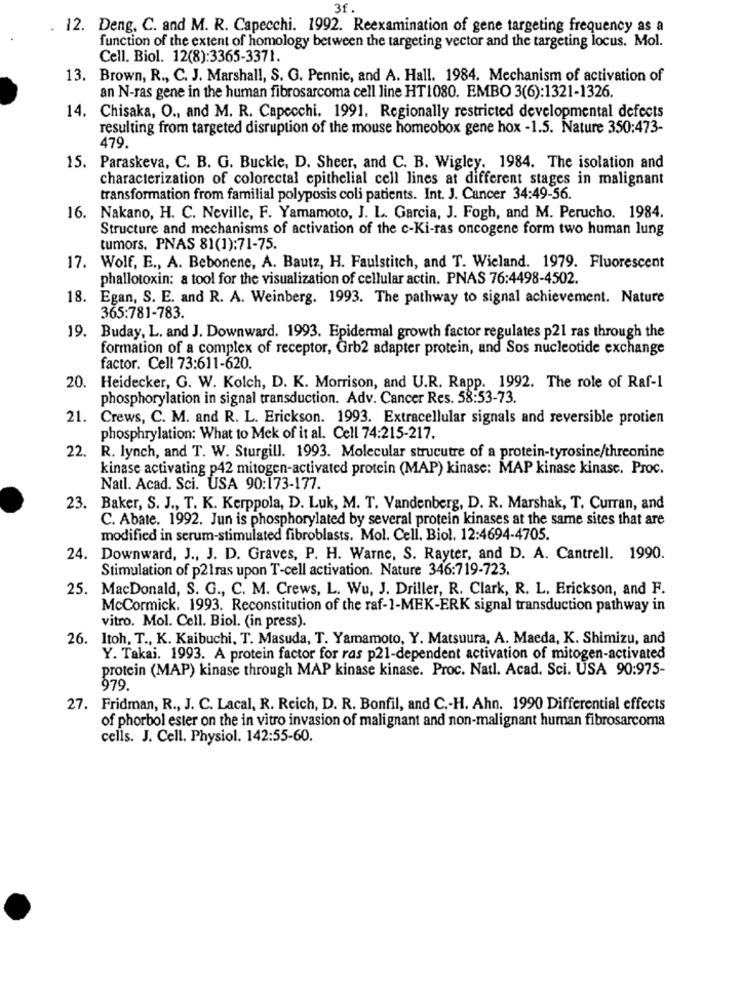
. 12. Deng. C. and M. R. Capecchi. 1992. Reexamination of gene targeting frequency as a
function of the extent of homology between the targeting vector and the targeting locus. Mol.
Cell. Biol. 12(8):3365-3371.
13. Brown, R ., C. J. Marshall, S. G. Pennic, and A. Hall. 1984. Mechanism of activation of
an N-ras gene in the human fibrosarcoma cell line HT1080. EMBO 3(6):1321-1326.
14. Chisaka, O ., and M. R. Capecchi, 1991. Regionally restricted developmental defects
resulting from targeted disruption of the mouse homeobox gene hox -1.5. Nature 350:473-
479.
15. Paraskeva, C. B. G. Buckle, D. Sheer, and C. B. Wigley. 1984. The isolation and
characterization of colorectal epithelial cell lines at different stages in malignant
transformation from familial polyposis coli patients. Int. J. Cancer 34:49-56.
16. Nakano, H. C. Neville, F. Yamamoto, J. L. Garcia, J. Fogh, and M. Perucho. 1984.
Structure and mechanisms of activation of the c-Ki-ras oncogene form two human lung
tumors. PNAS 81(1):71-75.
17. Wolf, E ., A. Bebonene, A. Bautz, H. Faulstitch, and T. Wieland. 1979. Fluorescent
phallotoxin: a tool for the visualization of cellular actin. PNAS 76:4498-4502.
18. Egan, S. E. and R. A. Weinberg. 1993. The pathway to signal achievement. Nature
365:781-783.
19. Buday, L. and J. Downward. 1993. Epidermal growth factor regulates p21 ras through the
formation of a complex of receptor, Grb2 adapter protein, and Sos nucleotide exchange
factor. Cell 73:611-620.
20. Heidecker, G. W. Kolch, D. K. Morrison, and U.R. Rapp. 1992. The role of Raf-1
phosphorylation in signal transduction. Adv. Cancer Res. 58:53-73.
21. Crews, C. M. and R. L. Erickson. 1993. Extracellular signals and reversible protien
phosphrylation: What to Mek of it al. Cell 74:215-217.
22.
R. lynch, and T. W. Sturgill. 1993. Molecular strucutre of a protein-tyrosine/threonine
kinase activating p42 mitogen-activated protein (MAP) kinase: MAP kinase kinase. Proc.
Natl. Acad. Sci. USA 90:173-177.
23.
Baker, S. J ., T. K. Kerppola, D. Luk, M. T. Vandenberg, D. R. Marshak, T. Curran, and
C. Abate. 1992. Jun is phosphorylated by several protein kinases at the same sites that are
modified in serum-stimulated fibroblasts. Mol. Cell. Biol. 12:4694-4705.
24. Downward, J ., J. D. Graves, P. H. Warne, S. Rayter, and D. A. Cantrell. 1990.
Stimulation of p21ras upon T-cell activation. Nature 346:719-723.
25. MacDonald, S. G ., C. M. Crews, L. Wu, J. Driller, R. Clark, R. L. Erickson, and F.
McCormick. 1993. Reconstitution of the raf-1-MEK-ERK signal transduction pathway in
vitro. Mol. Cell. Biol. (in press).
26.
Itoh, T ., K. Kaibuchi, T. Masuda, T. Yamamoto, Y. Matsuura, A. Maeda, K. Shimizu, and
Y. Takai. 1993. A protein factor for ras p21-dependent activation of mitogen-activated
protein (MAP) kinase through MAP kinase kinase. Proc. Natl. Acad. Sci. USA 90:975-
979.
27. Fridman, R ., J. C. Lacal, R. Reich, D. R. Bonfil, and C .- H. Ahn. 1990 Differential effects
of phorbol ester on the in vitro invasion of malignant and non-malignant human fibrosarcoma
cells. J. Cell. Physiol. 142:55-60.